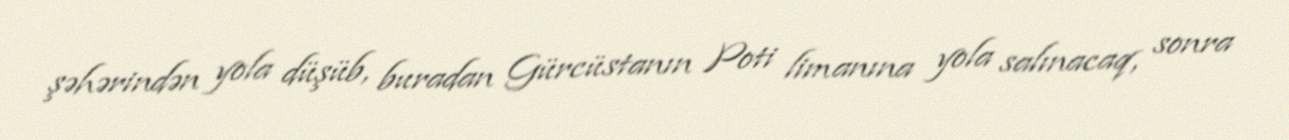
şəhərindən yola düşüb, buradan Gürcüstanın Poti limanına yola salınacaq, sonra